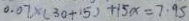
0 . 0 7 \times ( 3 0 + 1 5 ) + 1 5 x = 7 . 9 5